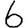
Digit: 6